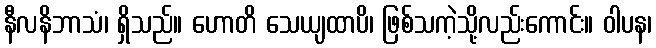
နီလနိဘာသံ၊ ရှိသည်။ ဟောတိ သေယျထာပိ၊ ဖြစ်သကဲ့သို့လည်းကောင်း။ ဝါပန၊